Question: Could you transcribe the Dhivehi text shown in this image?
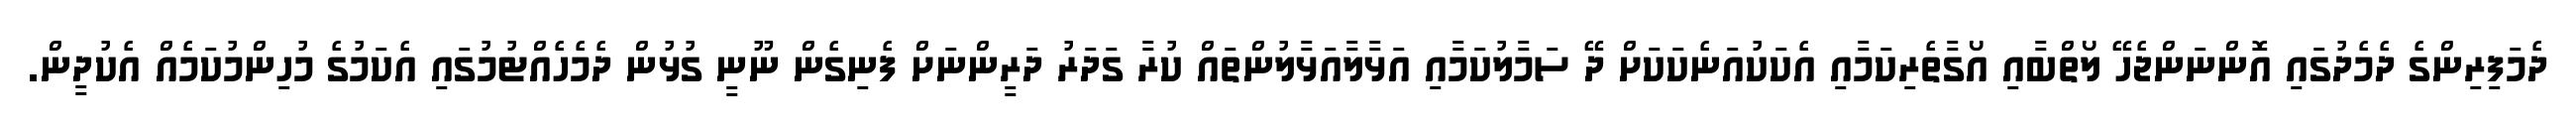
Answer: ދެމަފިރިންގެ ދެމެދުގައި އޮންނަންޖެހޭ ލޯތްބާއި އޯގާތެރިކަމާއި އެކަކުއަނެކަކަށް ދޭ ސަމާލުކަމާއި އަޅާލާއަޅާލުންތައް ކުރާ ގަދަރު ދަރީންނަށް ފެނިގެން ނޫނީ ގުޅުން ދެމެހެއްޓުމުގައި އެކަމުގެ މުހިންމުކަމެއް އެކުދީން.